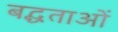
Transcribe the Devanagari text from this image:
बद्धताओं